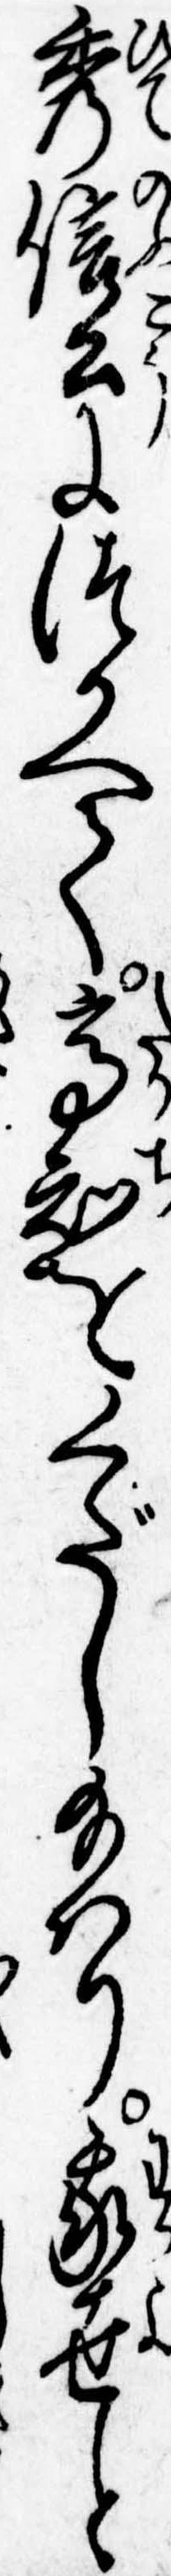
秀信公につかへて高知をくだし給はり我世と